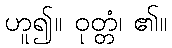
ဟူ၍။ ဝုတ္တံ၊ ၏။